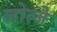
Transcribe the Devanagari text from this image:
लोत्जे